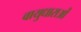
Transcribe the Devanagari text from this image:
वायुधाराओं